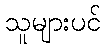
သူများပင်